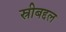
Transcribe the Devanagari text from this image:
स्रीबद्दल